Rangoon Lunatic Asylum 1893-1897 - 1893-1897
Year: 1893
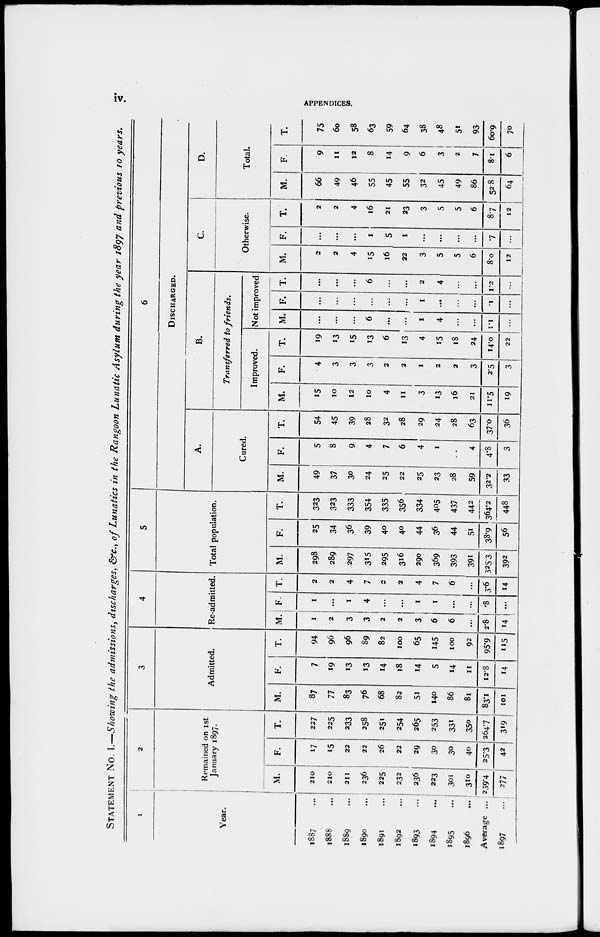
iv.
APPENDICES.
STATEMENT No. I.—Showing the admissions, discharges, &c., of Lunatics in the Rangoon Lunatic Asylum during the year 1897 and previous 10 years.
1
Year.
1887 ...
1888 ...
1889 ...
1890 ...
1891 ...
1892 ...
1893 ...
1894 ...
1895 ...
1896
...
Average ...
1897 ...
2
Remained on 1st
January 1897.
M.
210
210
211
236
225
232
236
223
301
310
239.4
277
F.
17
15
22
22
26
22
29
30
30
40
25.3
42
T.
227
225
233
258
251
254
265
253
331
350
264.7
319
3
Admitted.
M.
87
77
83
76
68
82
51
140
86
81
83.1
101
F.
7
19
13
13
14
18
14
5
14
11
12.8
14
T.
94
96
96
89
82
100
65
145
100
92
95.9
115
4
Re-admitted.
M.
1
2
3
3
2
2
3
6
6
...
2.8
14
F.
1
...
1
4
...
...
1
1
...
...
.8
...
T.
2
2
4
7
2
2
4
7
6
...
3.6
14
5
Total population.
M.
298
289
297
315
295
316
290
369
393
391
325.3
392
F.
25
34
36
39
40
40
44
36
44
51
38.9
56
T.
323
323
333
354
335
356
334
405
437
442
364.2
448
6
DISCHARGED.
A.
Cured.
M.
49
37
30
24
25
22
25
23
28
59
32.2
33
F.
5
8
9
4
7
6
4
1
...
4
4.8
3
T.
54
45
39
28
32
28
29
24
28
63
37.0
36
B.
Transferred to friends.
Improved.
M.
15
10
12
10
4
11
3
13
16
21
11.5
19
F.
4
3
3
3
2
2
1
2
2
3
2.5
3
T.
19
13
15
13
6
13
4
15
18
24
14.0
22
Not improved.
M.
...
...
...
6
...
...
1
4
...
...
1.1
...
F.
...
...
...
...
...
...
1
...
...
...
.1
...
T.
...
...
...
6
...
...
2
4
...
...
1.2
...
C.
Otherwise.
M.
2
2
4
15
16
22
3
5
5
6
80
12
F.
...
...
...
1
5
1
...
...
...
...
7
...
T.
2
2
4
16
21
23
3
5
5
6
87
12
D.
Total.
M.
66
49
46
55
45
55
32
45
49
86
52.8
64
F.
9
11
12
8
14
9
6
3
2
7
8.1
6
T.
75
60
58
63
59
64
38
48
51
93
60.9
70